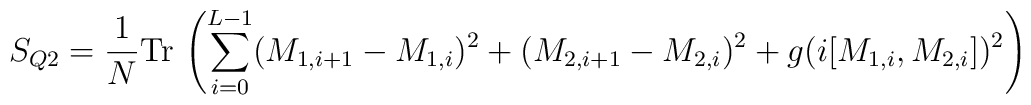
S_{Q2} = \frac{1}{N} \mbox{Tr} \, \left( \sum_{i=0}^{L-1} (M_{1,i+1} -M_{1,i} )^2 + (M_{2,i+1} -M_{2,i} )^2+ g(i [ M_{1,i},M_{2,i} ] )^2 \right)